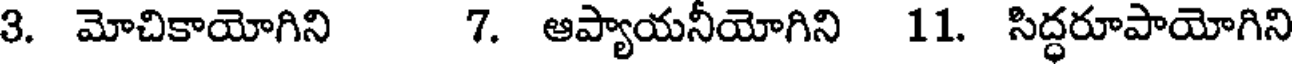
3. మోచికాయోగిని 7. ఆప్యాయనీయోగిని 11. సిద్ధరూపాయోగిని